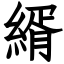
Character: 縃